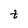
Character: t